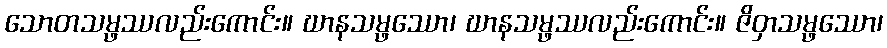
သောတသမ္ဖဿလည်းကောင်း။ ဃာနသမ္ဖဿော၊ ဃာနသမ္ဖဿလည်းကောင်း။ ဇိဝှာသမ္ဖဿော၊